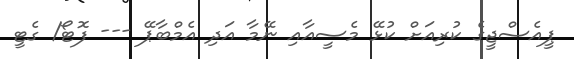
ޕީއެސްޖީގެ ކުރިއަށް ކުޅޭ މެސީއާއި ނޭމާ އަދި އެމްބާޕޭ --- ފޮޓޯ/ ގެޓީ